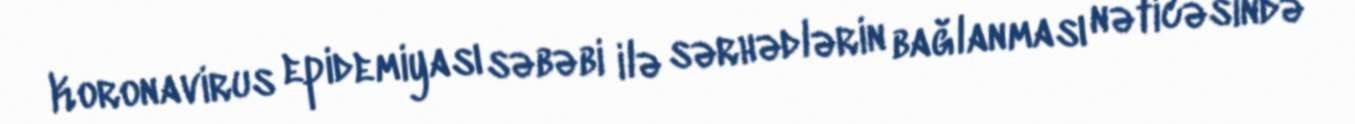
Koronavirus epidemiyası səbəbi ilə sərhədlərin bağlanması nəticəsində